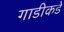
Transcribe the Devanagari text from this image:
गाडीकडे